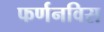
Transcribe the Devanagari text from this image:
फर्णनविस